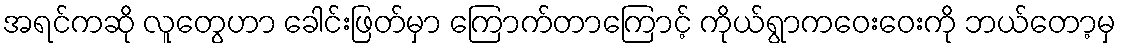
အရင်ကဆို လူတွေဟာ ခေါင်းဖြတ်မှာ ကြောက်တာကြောင့် ကိုယ်ရွာကဝေးဝေးကို ဘယ်တော့မှ